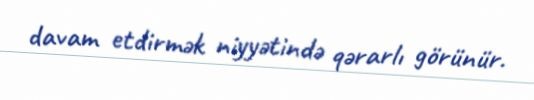
davam etdirmək niyyətində qərarlı görünür.